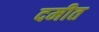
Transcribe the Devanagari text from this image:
दमीत